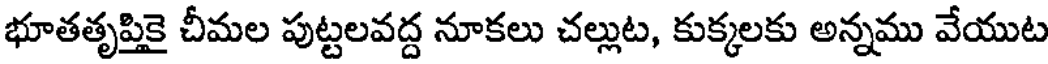
భూతతృప్తికై చీమల పుట్టలవద్ద నూకలు చల్లుట, కుక్కలకు అన్నము వేయుట